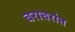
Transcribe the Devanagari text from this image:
चराचरांत